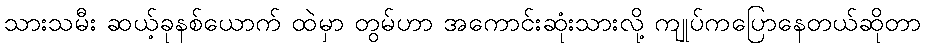
သားသမီး ဆယ့်ခုနစ်ယောက် ထဲမှာ တွမ်ဟာ အကောင်းဆုံးသားလို့ ကျုပ်ကပြောနေတယ်ဆိုတာ